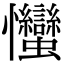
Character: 𢦈